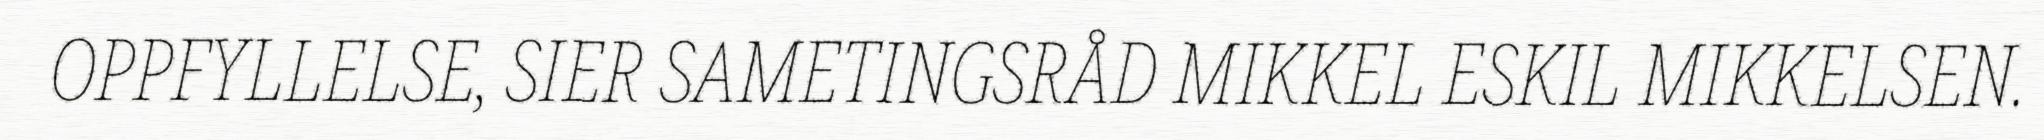
OPPFYLLELSE, SIER SAMETINGSRÅD MIKKEL ESKIL MIKKELSEN.